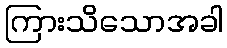
ကြားသိသောအခါ